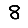
Digit: 8